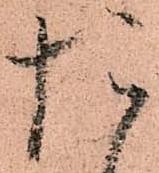
た